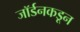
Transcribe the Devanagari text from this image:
जॉर्डनकडून